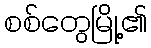
စစ်တွေမြို့၏